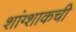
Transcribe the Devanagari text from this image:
शांग्शाकची